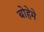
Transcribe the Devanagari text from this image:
बोहेमे